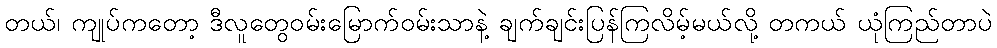
တယ်၊ ကျုပ်ကတော့ ဒီလူတွေဝမ်းမြောက်ဝမ်းသာနဲ့ ချက်ချင်းပြန်ကြလိမ့်မယ်လို့ တကယ် ယုံကြည်တာပဲ